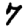
Digit: 7